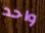
واحد